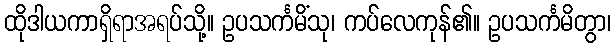
ထိုဒါယကာရှိရာအရပ်သို့။ ဥပသင်္ကမိံသု၊ ကပ်လေကုန်၏။ ဥပသင်္ကမိတွာ၊